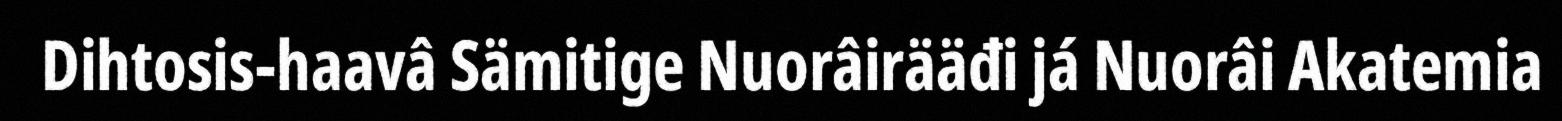
Dihtosis-haavâ Sämitige Nuorâirääđi já Nuorâi Akatemia